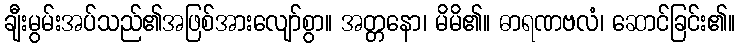
ချီးမွမ်းအပ်သည်၏အဖြစ်အားလျော်စွာ။ အတ္တနော၊ မိမိ၏။ ဓာရဏဗလံ၊ ဆောင်ခြင်း၏။